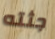
جثته